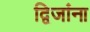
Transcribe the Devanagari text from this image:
द्विजांना